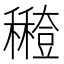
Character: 𥣸